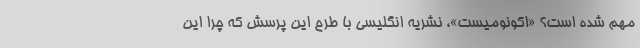
مهم شده است؟ «اکونومیست»، نشریه انگلیسی با طرح این پرسش که چرا این